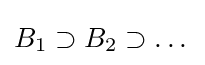
\textstyle B_{1}\supset B_{2}\supset \dots